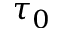
\tau _ { 0 }